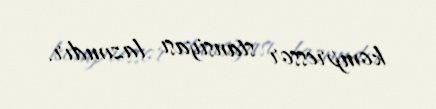
kompressor stansiyası lazımdır.